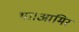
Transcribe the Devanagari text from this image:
था।आमिर